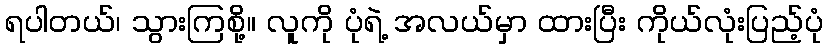
ရပါတယ်၊ သွားကြစို့။ လူကို ပုံရဲ့ အလယ်မှာ ထားပြီး ကိုယ်လုံးပြည့်ပုံ